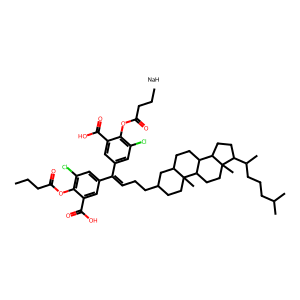
SMILES: CCCC(=O)Oc1c(Cl)cc(C(=CCCC2CCC3(C)C(CCC4C3CCC3(C)C(C(C)CCCC(C)C)CCC43)C2)c2cc(Cl)c(OC(=O)CCC)c(C(=O)O)c2)cc1C(=O)O.[NaH]
Inhibits HIV replication: Yes